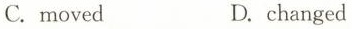
C.moved D.changed